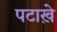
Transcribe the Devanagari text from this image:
पटाख़े